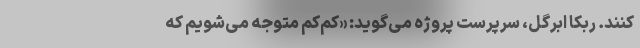
کنند. ربکا اَبِرگِل، سرپرست پروژه می‌گوید: «کم‌کم متوجه می‌شویم که